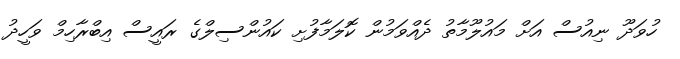
ހުވަދޫ ނިއުސް އަށް މައުލޫމާތު ދެއްވަމުން ކޮލަމާފުށި ކައުންސިލްގެ ރައީސް އިބްރާހިމް ވަހީދު